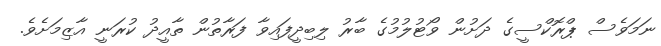
ނަމަވެސް ޕްރޮކްސީގެ ދަށުން ވޯޓުލުމުގެ ބާރު ލިބިދީފައިވާ ފަރާތުން ތާއީދު ކުރަނީ އާޒިމަށެވެ.